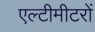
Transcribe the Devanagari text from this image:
एल्टीमीटरों